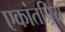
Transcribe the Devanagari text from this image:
एकांतप्र्रिय